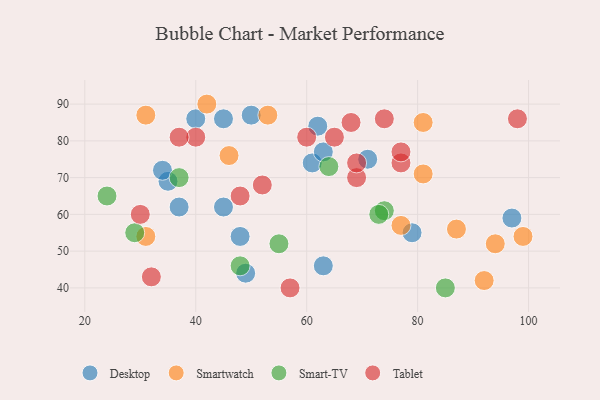
{"axis": {"x": "GDP", "y": "Life Expectancy"}, "legend": ["Desktop", "Smart-TV", "Smartwatch", "Tablet"], "data": [{"x": "45", "y": 62, "type": "Desktop"}, {"x": "97", "y": 59, "type": "Desktop"}, {"x": "49", "y": 44, "type": "Desktop"}, {"x": "45", "y": 86, "type": "Desktop"}, {"x": "35", "y": 69, "type": "Desktop"}, {"x": "61", "y": 74, "type": "Desktop"}, {"x": "40", "y": 86, "type": "Desktop"}, {"x": "48", "y": 54, "type": "Desktop"}, {"x": "79", "y": 55, "type": "Desktop"}, {"x": "63", "y": 77, "type": "Desktop"}, {"x": "63", "y": 46, "type": "Desktop"}, {"x": "71", "y": 75, "type": "Desktop"}, {"x": "50", "y": 87, "type": "Desktop"}, {"x": "37", "y": 62, "type": "Desktop"}, {"x": "34", "y": 72, "type": "Desktop"}, {"x": "62", "y": 84, "type": "Desktop"}, {"x": "42", "y": 90, "type": "Smartwatch"}, {"x": "94", "y": 52, "type": "Smartwatch"}, {"x": "77", "y": 57, "type": "Smartwatch"}, {"x": "31", "y": 54, "type": "Smartwatch"}, {"x": "81", "y": 71, "type": "Smartwatch"}, {"x": "31", "y": 87, "type": "Smartwatch"}, {"x": "92", "y": 42, "type": "Smartwatch"}, {"x": "81", "y": 85, "type": "Smartwatch"}, {"x": "87", "y": 56, "type": "Smartwatch"}, {"x": "99", "y": 54, "type": "Smartwatch"}, {"x": "53", "y": 87, "type": "Smartwatch"}, {"x": "46", "y": 76, "type": "Smartwatch"}, {"x": "74", "y": 61, "type": "Smart-TV"}, {"x": "24", "y": 65, "type": "Smart-TV"}, {"x": "55", "y": 52, "type": "Smart-TV"}, {"x": "48", "y": 46, "type": "Smart-TV"}, {"x": "37", "y": 70, "type": "Smart-TV"}, {"x": "29", "y": 55, "type": "Smart-TV"}, {"x": "85", "y": 40, "type": "Smart-TV"}, {"x": "64", "y": 73, "type": "Smart-TV"}, {"x": "73", "y": 60, "type": "Smart-TV"}, {"x": "30", "y": 60, "type": "Tablet"}, {"x": "48", "y": 65, "type": "Tablet"}, {"x": "40", "y": 81, "type": "Tablet"}, {"x": "60", "y": 81, "type": "Tablet"}, {"x": "37", "y": 81, "type": "Tablet"}, {"x": "98", "y": 86, "type": "Tablet"}, {"x": "69", "y": 70, "type": "Tablet"}, {"x": "68", "y": 85, "type": "Tablet"}, {"x": "32", "y": 43, "type": "Tablet"}, {"x": "52", "y": 68, "type": "Tablet"}, {"x": "77", "y": 74, "type": "Tablet"}, {"x": "57", "y": 40, "type": "Tablet"}, {"x": "69", "y": 74, "type": "Tablet"}, {"x": "65", "y": 81, "type": "Tablet"}, {"x": "77", "y": 77, "type": "Tablet"}, {"x": "74", "y": 86, "type": "Tablet"}]}